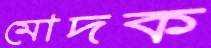
মোদক